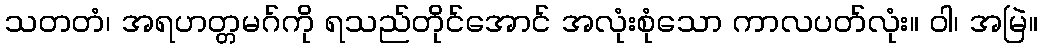
သတတံ၊ အရဟတ္တမဂ်ကို ရသည်တိုင်အောင် အလုံးစုံသော ကာလပတ်လုံး။ ဝါ၊ အမြဲ။